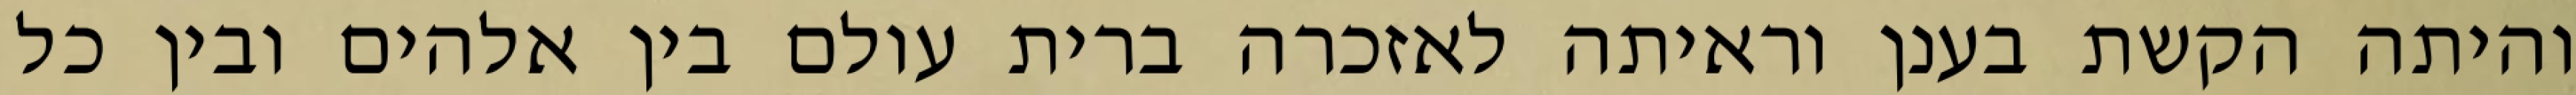
והיתה הקשת בענן וראיתה לאזכרה ברית עולם בין אלהים ובין כל